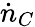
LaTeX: \dot{n}_{C}